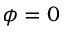
\phi = 0